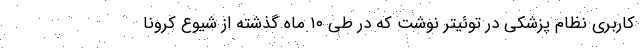
کاربری نظام پزشکی در توئیتر نوشت که در طی ۱۰ ماه گذشته از شیوع کرونا